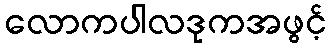
လောကပါလဒုကအဖွင့်